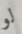
لو